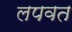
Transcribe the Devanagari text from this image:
लपवत